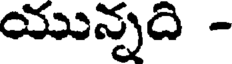
యున్నది -